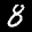
Label: 8